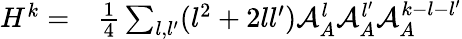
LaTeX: \begin{array}{rl}{H^{k}=}&{{}\frac{1}{4}\sum_{{l},{l^{\prime}}}({l}^{2}+2{l}{l^{\prime}})\mathcal{A}_{A}^{l}\mathcal{A}_{A}^{l^{\prime}}\mathcal{A}_{A}^{k-{l}-{l^{\prime}}}}\end{array}